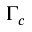
\Gamma _ { c }